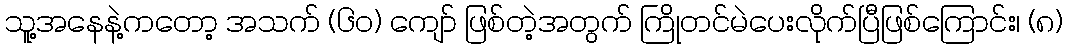
သူ့အနေနဲ့ကတော့ အသက် (၆၀) ကျော် ဖြစ်တဲ့အတွက် ကြိုတင်မဲပေးလိုက်ပြီဖြစ်ကြောင်း၊ (၈)